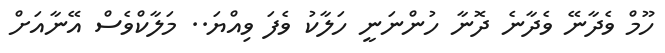
ހޫމް ވެދާނޭ ވެދާނެ ދޮނާ ހުންނަނީ ހަލާކު ވެފަ ވިއްޔަ.. މަލާކްވެސް އޭނާއަށް